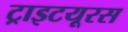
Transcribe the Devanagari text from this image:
ट्राइटयूरस